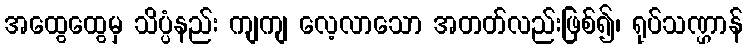
အထွေထွေမှ သိပ္ပံနည်း ကျကျ လေ့လာသော အတတ်လည်းဖြစ်၍၊ ရုပ်သဏ္ဌာန်